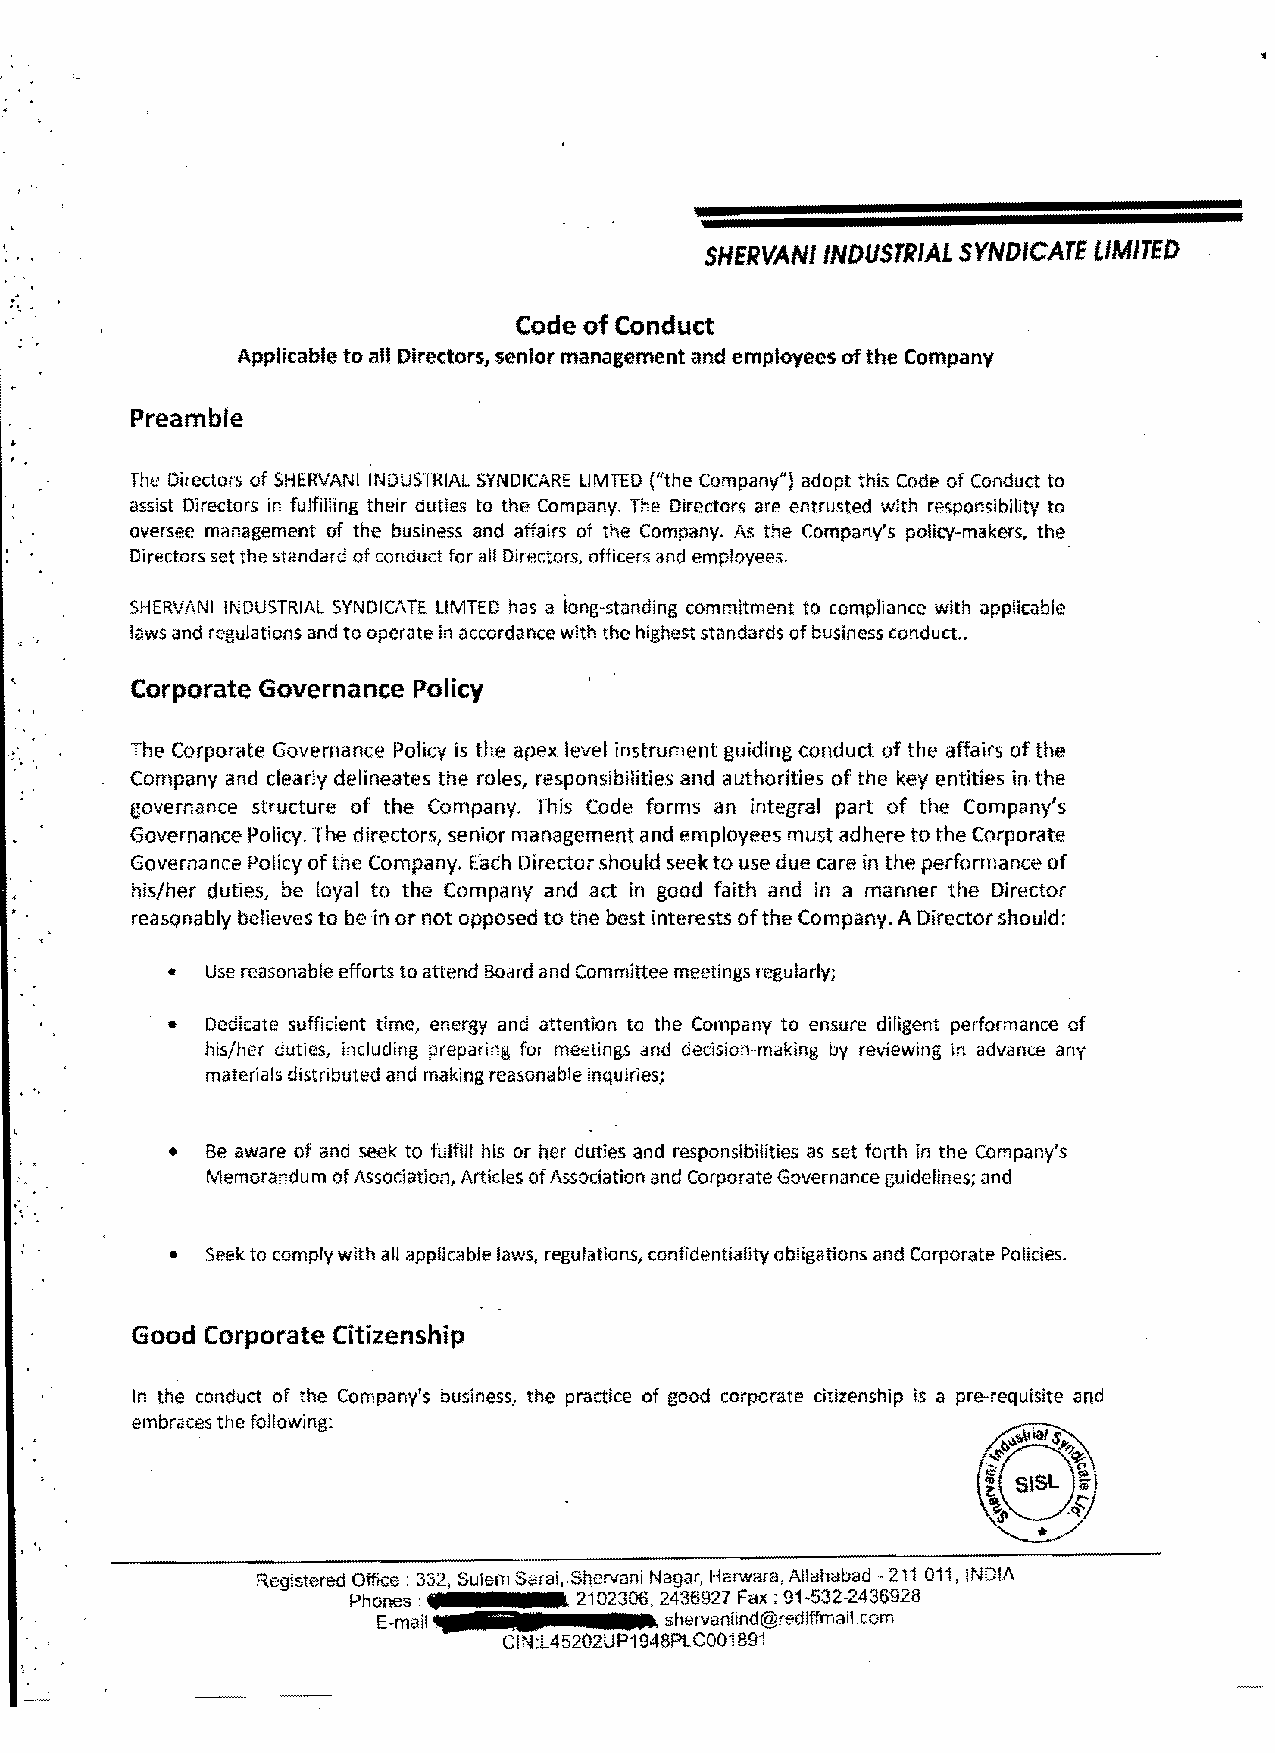
SHERVANIINDUSTRIAL SYNDICATE LIMITED
 Code of Conduct
 Applicable to all Directors, senior management and employees of the Company
 Preamble
 ..
 The Directors of SHERVANI INDUSTRIAL SYNDICARE LlMTED ("the Company") adopt this Code of Conduct to
 assist Directors in fulfilling their duties to the Company. The Directors are entrusted with responsibility to
 oversee management of the business and affairs of the Company. As the Company's policy-makers, the
 Directors set the standard of conduct for all Directors, officers and employees.
 SHERVANI INDUSTRIAL SYNDICATE LlMTED has a long-standing commitment to compliance with applicable
 laws and regulations and to operate in accordance with the highest standards of business conduct. .
 Corporate Governance Policy
 "       The Corporate Governance Policy is the apex level instrument guiding conduct of the affairs of the
 '., '.
 Company and clearly delineates the roles, responsibilities and authorities of the key entities in· the
 governance structure of the Company. This Code forms an integral part of the Company's
 Governance Policy. The directors, senior management and employees must adhere to the Corporate
 Governance Policy of the Company. Each Director should seek to use due care in the performance of
 his/her duties, be loyal to the Company and act in good faith and in a manner the Director
 reasQnably believes to be in or not opposed to the best interests of the Company. A Director should:
 •  Use reasonable efforts to attend Board and Committee meetings regularly;
 •  Dedicate sufficient time, energy and attention to the Company to ensure diligent performance of
 his/her duties, including preparing for meetings and decision-making by reviewing in advance any
 materials distributed and making reasonable inquiries;
 •  Be aware of and seek to fulfill his or her duties and responsibilities as set forth in the Company's
 Memorandum of AsSOCiation, Articles of Association and Corporate Governance guidelines; and
 ..
 '
 •  Seek to comply with all applicable laws, regulations, confidentiality obligations and Corporate Policies.
 Good Corporate Citizenship
 In the conduct of the Company's business, the practice of good corporate citizenship is a pre-requisite and
 embraces the following:
 , '
 Registered Office: 332, Sarai,.Shervani Nagar, Harwara, Allahabad -211 011, INDIA
 Phones:        2102306,2436927 Fax: 91-532-2436928
 E-mail                      j   com